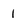
Character: 1